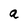
Character: a